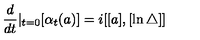
\frac d { d t } | _ { t = 0 } [ \alpha _ { t } ( a ) ] = i [ [ a ] , [ \ln \bigtriangleup ] ]